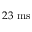
2 3 ~ \mathrm { m s }